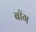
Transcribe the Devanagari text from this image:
बॉग